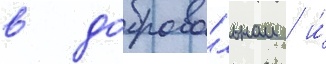
в доброво́льном / и́